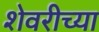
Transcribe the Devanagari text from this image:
शेवरीच्या